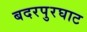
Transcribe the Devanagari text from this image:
बदरपुरघाट